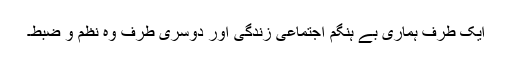
ایک طرف ہماری بے ہنگم اجتماعی زندگی اور دوسری طرف وہ نظم و ضبط۔